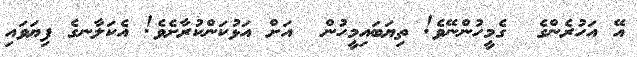
އޭ އަހުރެންގެ  ގެމީހުންނޭވެ! ތިޔަބައިމީހުން  އަށް އަޅުކަންކުރާށެވެ! އެކަލާނގެ ފިޔަވައި